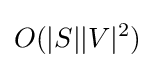
O(|S||V|^{2})